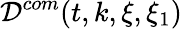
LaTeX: \mathcal{D}^{com}(t,k,\xi,\xi_{1})